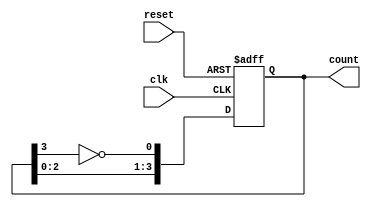
module johnson_counter #(
    parameter N = 4  // Number of flip-flops
) (
    input wire clk,           // Clock signal
    input wire reset,         // Asynchronous reset signal
    output reg [N-1:0] count  // Current state of the Johnson counter
);

    always @(posedge clk or posedge reset) begin
        if (reset) begin
            // Reset the counter to 0
            count <= 0;
        end else begin
            // Johnson counter logic
            count <= {count[N-2:0], ~count[N-1]};
        end
    end

endmodule